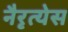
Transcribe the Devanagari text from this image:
नैरृत्येस